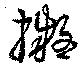
擬